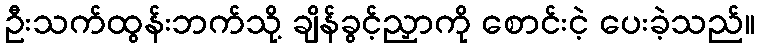
ဦးသက်ထွန်းဘက်သို့ ချိန်ခွင့်ညှာကို စောင်းငဲ့ ပေးခဲ့သည်။